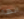
انها